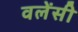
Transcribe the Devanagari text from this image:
वलेंसी